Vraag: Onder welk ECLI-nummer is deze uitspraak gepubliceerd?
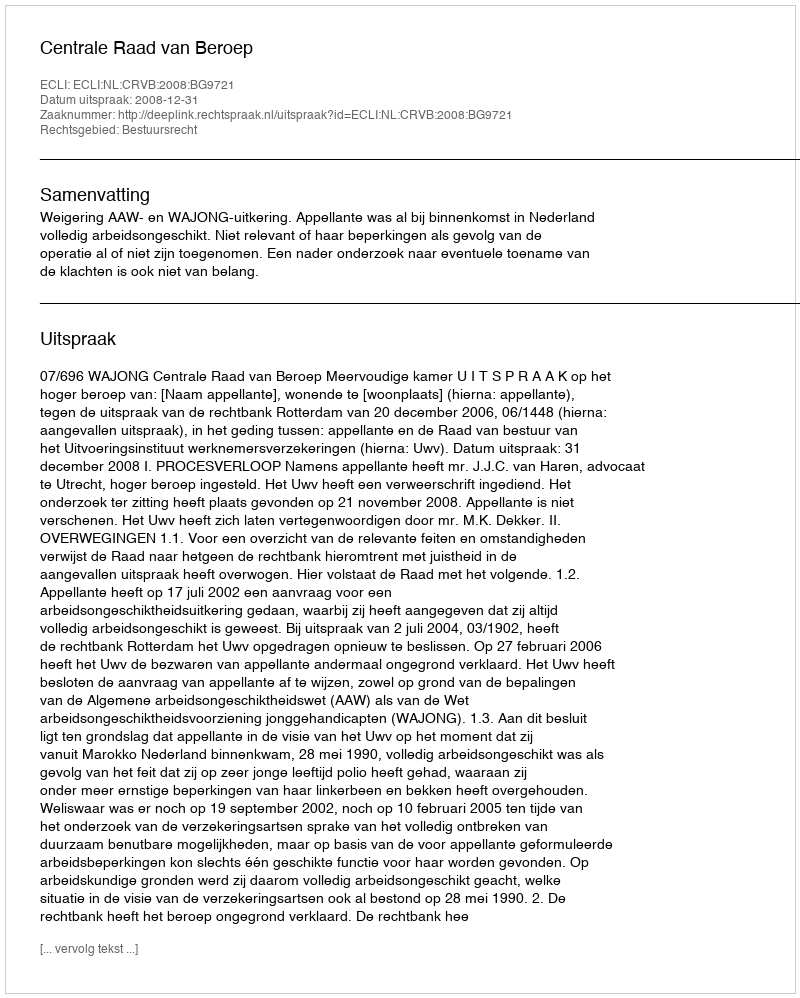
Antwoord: ECLI:NL:CRVB:2008:BG9721